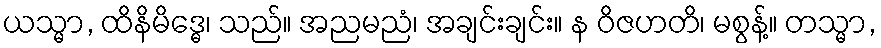
ယသ္မာ, ထိနိမိဒ္ဓေ၊ သည်။ အညမညံ၊ အချင်းချင်း။ န ဝိဇဟတိ၊ မစွန့်။ တသ္မာ,